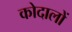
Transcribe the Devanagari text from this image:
कोदालों